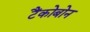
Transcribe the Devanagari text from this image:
टैंकोबोन